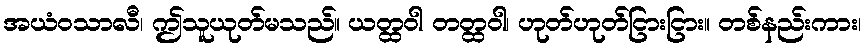
အယံဝသာလီ၊ ဤသူယုတ်မသည်။ ယတ္ထဝါ တတ္ထဝါ၊ ဟုတ်ဟုတ်ငြားငြား။ တစ်နည်းကား၊